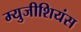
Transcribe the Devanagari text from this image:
म्युजीशियंस